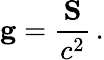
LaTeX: \mathbf{g}={\frac{\mathbf{S}}{c^{2}}}\, .